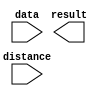
// megafunction wizard: %LPM_CLSHIFT%VBB%
// GENERATION: STANDARD
// VERSION: WM1.0
// MODULE: lpm_clshift 

// ============================================================
// Megafunction Name(s):
// 			lpm_clshift
//
// Simulation Library Files(s):
// 			
// ============================================================
// ************************************************************
// THIS IS A WIZARD-GENERATED FILE. DO NOT EDIT THIS FILE!
//
// 9.0 Build 132 02/25/2009 SJ Web Edition
// ************************************************************

//Copyright (C) 1991-2009 Altera Corporation
//Your use of Altera Corporation's design tools, logic functions 
//and other software and tools, and its AMPP partner logic 
//functions, and any output files from any of the foregoing 
//(including device programming or simulation files), and any 
//associated documentation or information are expressly subject 
//to the terms and conditions of the Altera Program License 
//Subscription Agreement, Altera MegaCore Function License 
//Agreement, or other applicable license agreement, including, 
//without limitation, that your use is for the sole purpose of 
//programming logic devices manufactured by Altera and sold by 
//Altera or its authorized distributors.  Please refer to the 
//applicable agreement for further details.

module right_shift (
	data,
	distance,
	result);

	input	[31:0]  data;
	input	[4:0]  distance;
	output	[31:0]  result;

endmodule

// ============================================================
// CNX file retrieval info
// ============================================================
// Retrieval info: PRIVATE: INTENDED_DEVICE_FAMILY STRING "Stratix II"
// Retrieval info: PRIVATE: LPM_SHIFTTYPE NUMERIC "1"
// Retrieval info: PRIVATE: LPM_WIDTH NUMERIC "32"
// Retrieval info: PRIVATE: SYNTH_WRAPPER_GEN_POSTFIX STRING "0"
// Retrieval info: PRIVATE: lpm_width_varies NUMERIC "0"
// Retrieval info: PRIVATE: lpm_widthdist NUMERIC "5"
// Retrieval info: PRIVATE: lpm_widthdist_style NUMERIC "0"
// Retrieval info: PRIVATE: port_direction NUMERIC "1"
// Retrieval info: CONSTANT: LPM_SHIFTTYPE STRING "ARITHMETIC"
// Retrieval info: CONSTANT: LPM_TYPE STRING "LPM_CLSHIFT"
// Retrieval info: CONSTANT: LPM_WIDTH NUMERIC "32"
// Retrieval info: CONSTANT: LPM_WIDTHDIST NUMERIC "5"
// Retrieval info: USED_PORT: data 0 0 32 0 INPUT NODEFVAL data[31..0]
// Retrieval info: USED_PORT: distance 0 0 5 0 INPUT NODEFVAL distance[4..0]
// Retrieval info: USED_PORT: result 0 0 32 0 OUTPUT NODEFVAL result[31..0]
// Retrieval info: CONNECT: @distance 0 0 5 0 distance 0 0 5 0
// Retrieval info: CONNECT: @data 0 0 32 0 data 0 0 32 0
// Retrieval info: CONNECT: result 0 0 32 0 @result 0 0 32 0
// Retrieval info: CONNECT: @direction 0 0 0 0 VCC 0 0 0 0
// Retrieval info: LIBRARY: lpm lpm.lpm_components.all
// Retrieval info: GEN_FILE: TYPE_NORMAL right_shift.v TRUE
// Retrieval info: GEN_FILE: TYPE_NORMAL right_shift.inc FALSE
// Retrieval info: GEN_FILE: TYPE_NORMAL right_shift.cmp TRUE
// Retrieval info: GEN_FILE: TYPE_NORMAL right_shift.bsf TRUE FALSE
// Retrieval info: GEN_FILE: TYPE_NORMAL right_shift_inst.v FALSE
// Retrieval info: GEN_FILE: TYPE_NORMAL right_shift_bb.v TRUE